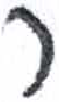
אות: ר